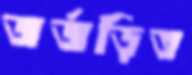
জর্জড়িত